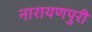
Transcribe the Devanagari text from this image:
नारायणपुरी